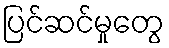
ပြင်ဆင်မှုတွေ